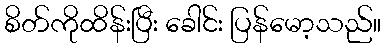
စိတ်ကိုထိန်းပြီး ခေါင်း ပြန်မော့သည်။